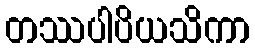
တဿပါပိယသိကာ